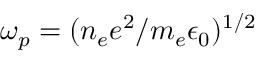
\omega _ { p } = ( n _ { e } e ^ { 2 } / m _ { e } \epsilon _ { 0 } ) ^ { 1 / 2 }